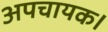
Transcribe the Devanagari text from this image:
अपचायक।